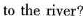
to the river?